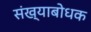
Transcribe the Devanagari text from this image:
संख्याबोधक